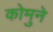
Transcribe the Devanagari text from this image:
कोमुने